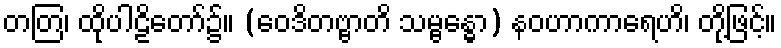
တတြ၊ ထိုပါဠိတော်၌။ (ဝေဒိတဗ္ဗာတိ သမ္ဗန္ဓော) နဝဟာကာရေဟိ၊ တို့ဖြင့်။